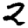
Digit: 2